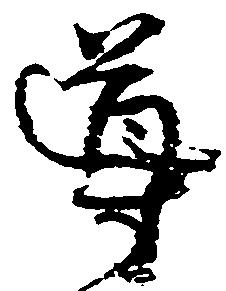
導